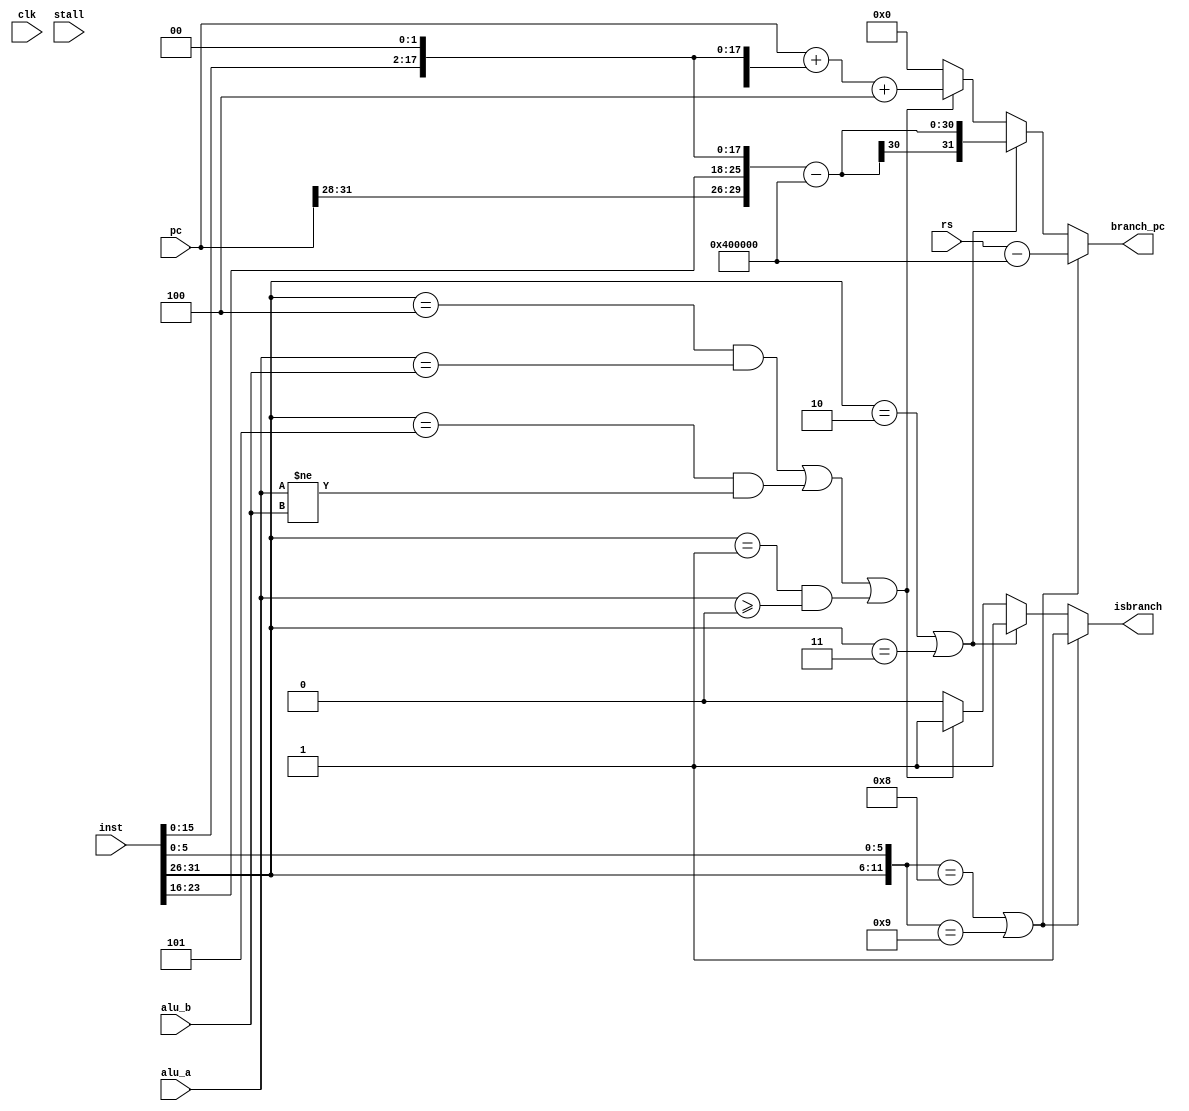
`timescale 1ns / 1ps
module branchpredict(
    input clk,
    input [31:0] pc, 
    input [31:0] inst,
    input stall,
    input [31:0] rs, 
    input [31:0] alu_a, 
    input [31:0] alu_b,
    output reg isbranch, 
    output reg [31:0]branch_pc
    );
    wire [16:0]moreop;
    assign moreop = {inst[31:21],inst[5:0]};
    wire [11:0]opcode;
    assign opcode = {inst[31:26],inst[5:0]};
    wire [5:0]halfop;
    assign halfop = {inst[31:26]};
    
    parameter [5:0]
    beq = 12'b000100,
    bne = 6'b000101,
    bgez = 6'b000001,
    
    j = 6'b000010,
    jal = 6'b000011;
    
    parameter [11:0] 
    jr = 12'b000000_001000,
    jalr = 12'b000000_001001;
    
    always @(*) 
    begin;
        //isbracnh
//        if(stall)
//        begin
//            isbranch <= 0;
//            branch_pc <= 0;    
//        end   
        if(opcode==jr || opcode==jalr)
        begin
            isbranch <= 1;
            branch_pc <= rs-32'h00400000;
        end
        else if(halfop==j || halfop==jal)
        begin
            isbranch <= 1;
            branch_pc <= {pc[31:28],inst[25:0]<<2}-32'h00400000;
        end
        else if((halfop==beq && alu_a==alu_b) || (halfop==bne && alu_a!=alu_b) || (halfop==bgez && $signed(alu_a)>=0))
        begin
            isbranch <= 1;
            branch_pc <= pc+{{(32 - 18){inst[15]}},inst[15:0],2'b00}+32'b100;
        end         
        else
        begin
            isbranch <= 0;
            branch_pc <= 0;            
        end
    end
    
    
endmodule